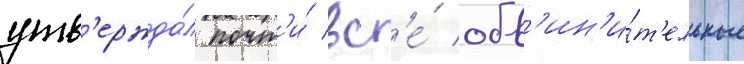
утв'ержда́л почт'и́ вс'е́ обв'ин'и́т'ельные